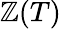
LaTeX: \mathbb{Z}(T)